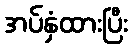
အပ်နှံထားပြီး